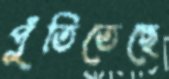
পুঁতিতেছে